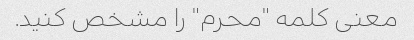
معنی کلمه "محرم" را مشخص کنید.